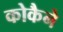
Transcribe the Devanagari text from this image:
कोकैने